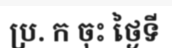
ប្រ. ក ចុះ ថ្ងៃទី